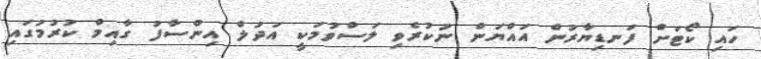
ހައި ކޯޓަށް ފަނޑިޔާރުން އައްޔަން ނުކުރެވި ލަސްވުމަކީ އަދުލް އިންސާފު ގާއިމް ކުރުމުގައި